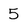
Character: 5